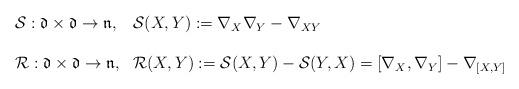
LaTeX: \begin{align*} \begin{array}{ll} \mathcal S:\mathfrak d\times \mathfrak d\rightarrow \mathfrak n, & \mathcal S(X,Y):= \nabla_X\nabla_Y-\nabla_{XY}\\ \ & \ \\ \mathcal R:\mathfrak d\times \mathfrak d\rightarrow \mathfrak n, & \mathcal R(X,Y):=\mathcal S(X,Y)-\mathcal S(Y,X)=[\nabla_X,\nabla_Y]-\nabla_{[X,Y]}\end{array}\end{align*}